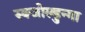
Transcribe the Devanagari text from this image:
स्क्जोल्डुन्गा